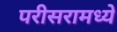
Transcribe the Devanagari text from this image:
परीसरामध्ये